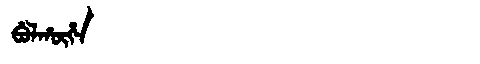
Manchu: ᠪᡠᠯᡥᡡᡥᠠ
Romanization: BULHŪHA